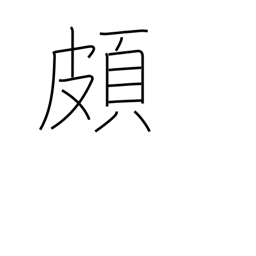
Meaning: prejudiced